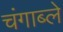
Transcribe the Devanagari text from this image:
चंगाब्ले